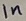
Text: 1n